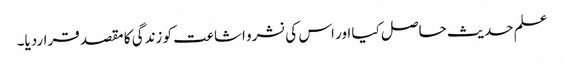
علم حدیث حاصل کیا اور اس کی نشرو اشاعت کو زندگی کا مقصد قراردیا۔